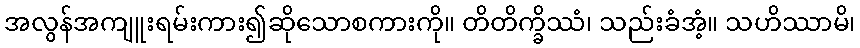
အလွန်အကျူးရမ်းကား၍ဆိုသောစကားကို။ တိတိက္ခိဿံ၊ သည်းခံအံ့။ သဟိဿာမိ၊